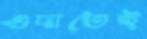
ওদাতেই